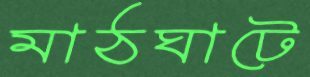
মাঠঘাটে